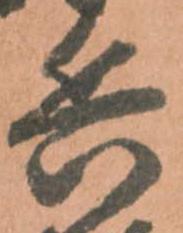
兵